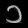
Digit: ၁